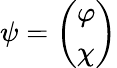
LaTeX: \psi=\left(\begin{array}{lcr}{{\varphi}}\\ {{\chi}}\end{array}\right)